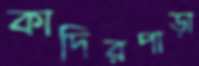
কাদিরপাড়া